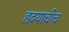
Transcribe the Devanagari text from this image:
हृदयाचीच